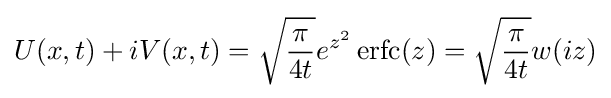
U(x,t)+iV(x,t)={\sqrt {\frac {\pi }{4t}}}e^{z^{2}}\operatorname {erfc} (z)={\sqrt {\frac {\pi }{4t}}}w(iz)